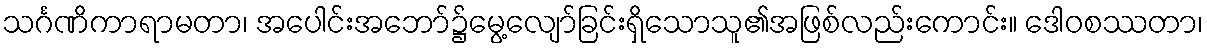
သင်္ဂဏိကာရာမတာ၊ အပေါင်းအဘော်၌မွေ့လျော်ခြင်းရှိသောသူ၏အဖြစ်လည်းကောင်း။ ဒေါဝစဿတာ၊